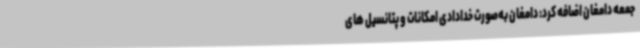
جمعه دامغان اضافه کرد: دامغان به‌صورت خدادادی امکانات و پتانسیل های